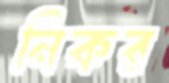
নিকর